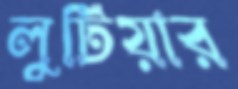
লুটিয়ার